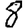
Digit: 8